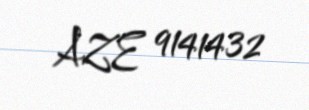
AZE 9141432